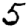
Digit: 5